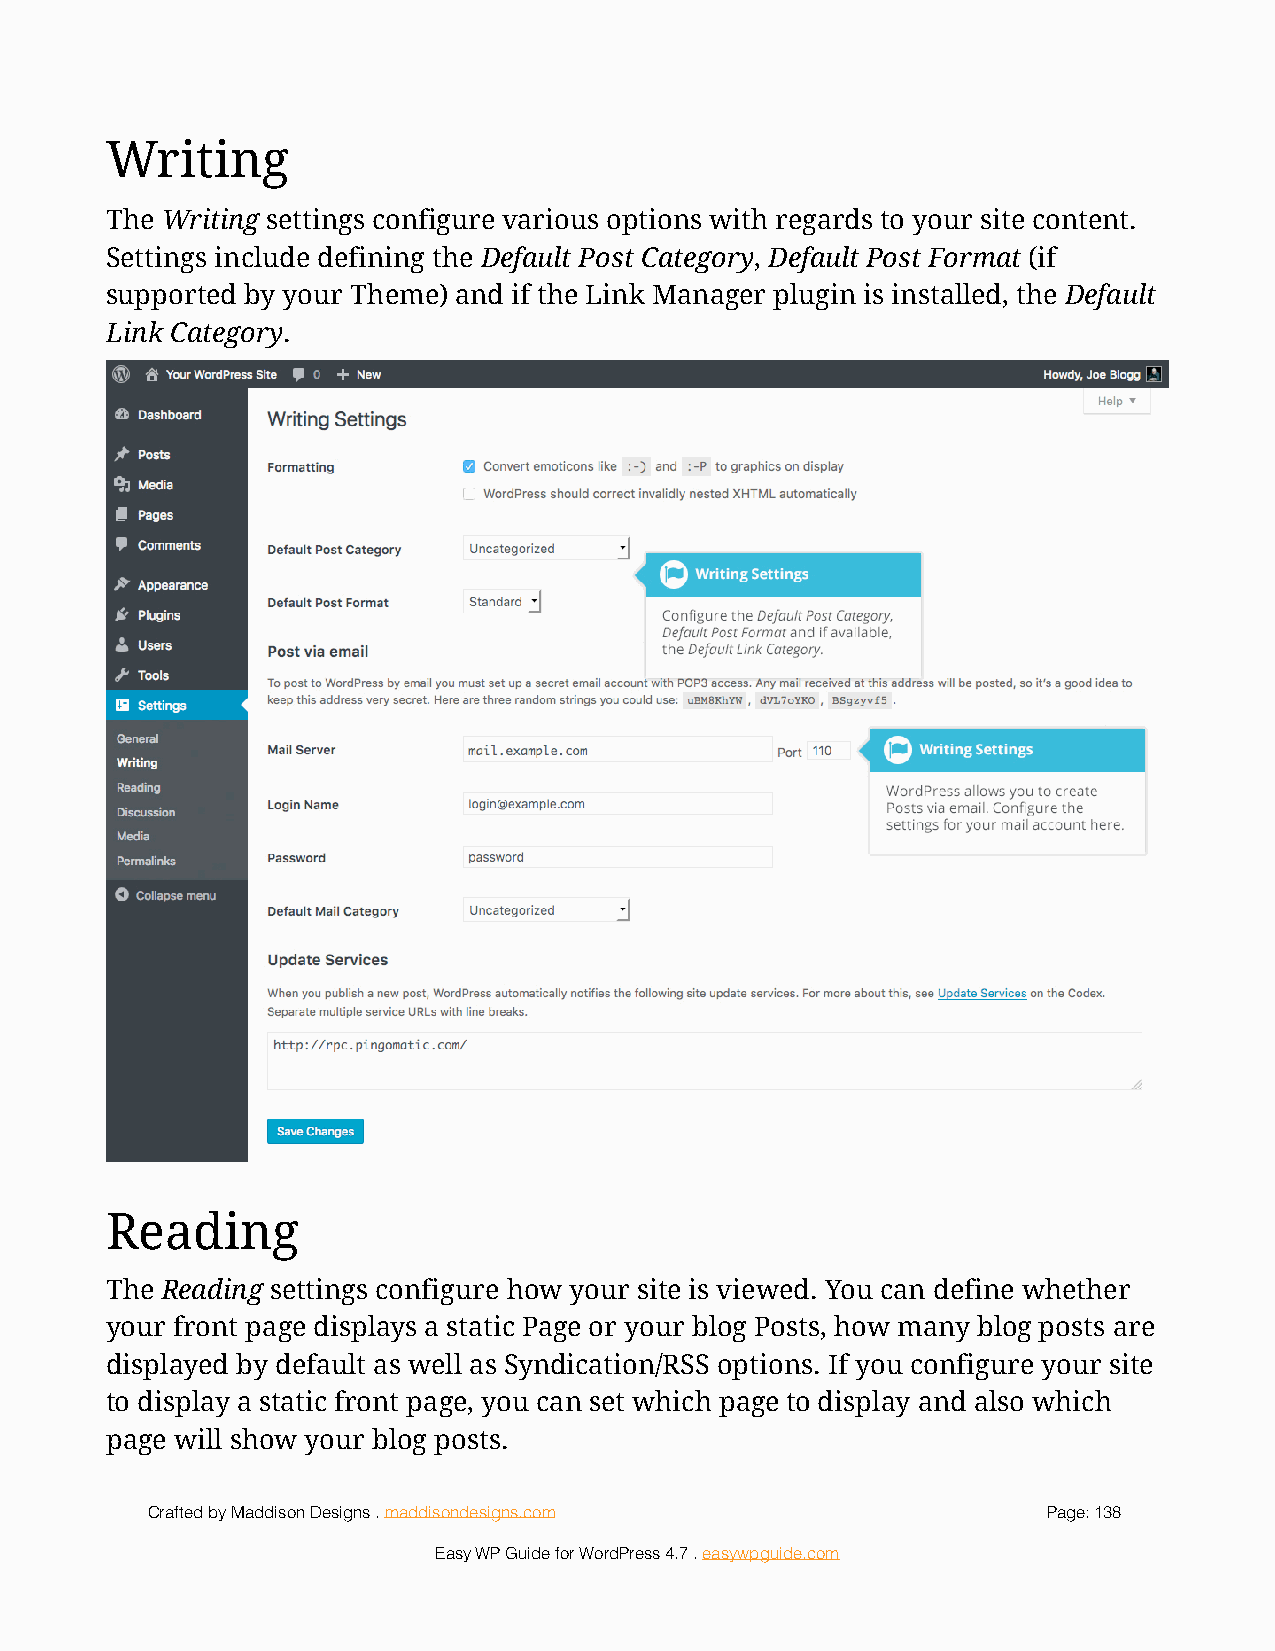
Writing
 The Writing settings configure various options with regards to your site content.
 Settings include defining the Default Post Category, Default Post Format (if
 supported by your Theme) and if the Link Manager plugin is installed, the Default
 Link Category.
 !
 Reading
 The Reading settings configure how your site is viewed. You can define whether
 your front page displays a static Page or your blog Posts, how many blog posts are
 displayed by default as well as Syndication/RSS options. If you configure your site
 to display a static front page, you can set which page to display and also which
 page will show your blog posts.
 Crafted by Maddison Designs . maddisondesigns.com          Page: 1 38
 Easy WP Guide for WordPress 4.7 . easywpguide.com